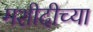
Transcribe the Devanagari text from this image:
मशीदीच्या